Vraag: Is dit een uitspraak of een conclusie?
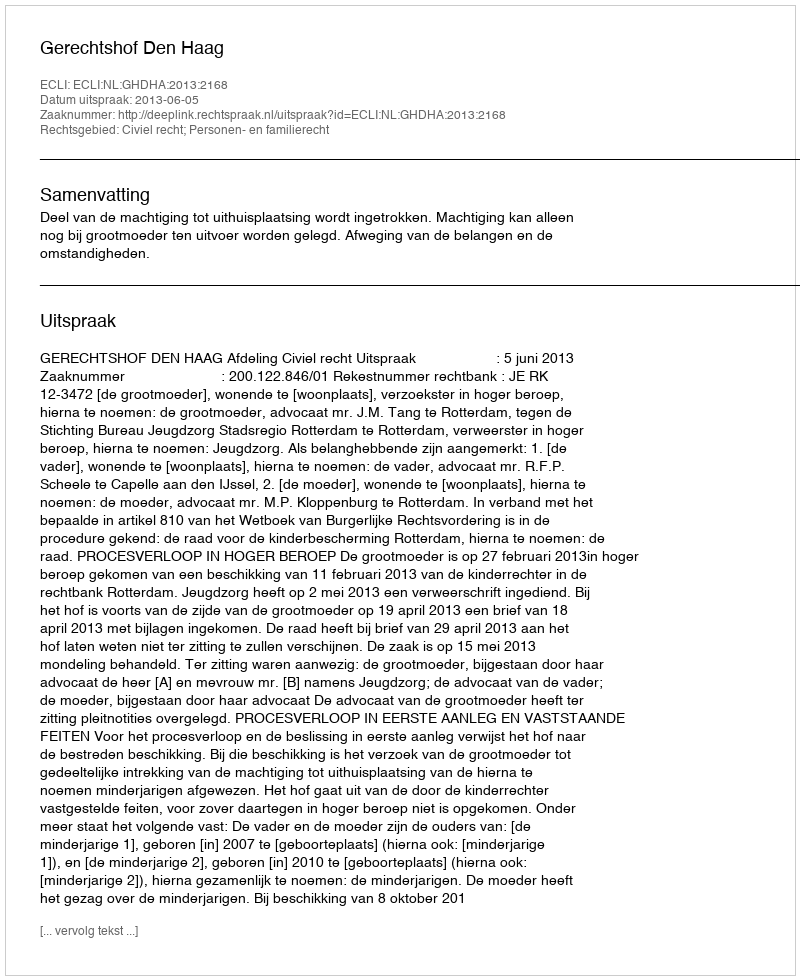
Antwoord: Uitspraak